Civil Veterinary Department Bihar & Orissa reports 1929-36 - 1929-1936
Year: 1929
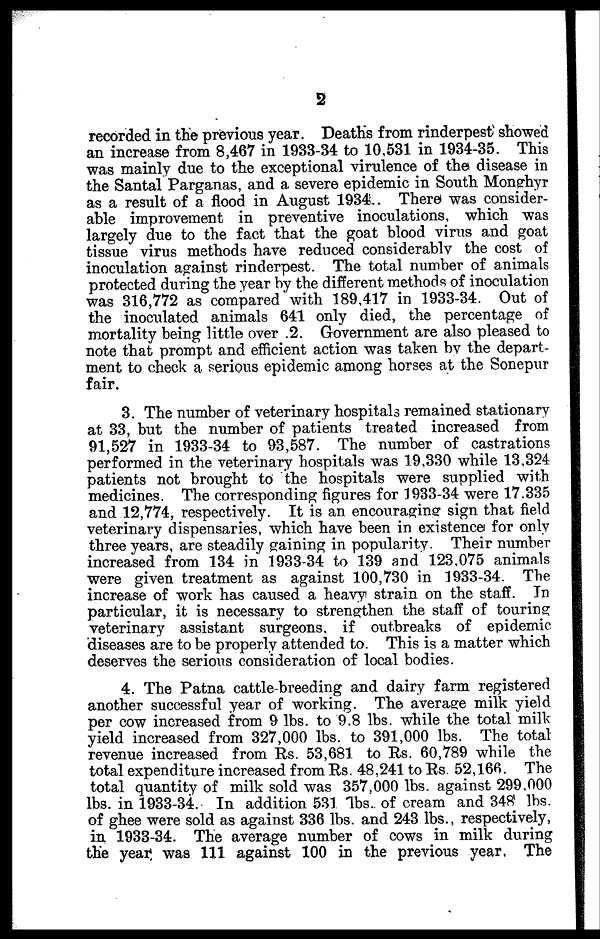
2
recorded in the previous year. Deaths from rinderpest showed
an increase from 8,467 in 1933-34 to 10,531 in 1934-35. This
was mainly due to the exceptional virulence of the disease in
the Santal Parganas, and a severe epidemic in South Monghyr
as a result of a flood in August 1934. There was consider-
able improvement in preventive inoculations, which was
largely due to the fact that the goat blood virus and goat
tissue virus methods have reduced considerably the cost of
inoculation against rinderpest. The total number of animals
protected during the year by the different methods of inoculation
was 316,772 as compared with 189,417 in 1933-34. Out of
the inoculated animals 641 only died, the percentage of
mortality being little over 2. Government are also pleased to
note that prompt and efficient action was taken by the depart-
ment to check a serious epidemic among horses at the Sonepur
fair.
3. The number of veterinary hospitals remained stationary
at 33, but the number of patients treated increased from
91,527 in 1933-34 to 93,587. The number of castrations
performed in the veterinary hospitals was 19,330 while 13,324
patients not brought to the hospitals were supplied with
medicines. The corresponding figures for 1933-34 were 17.335
and 12,774, respectively. It is an encouraging sign that field
veterinary dispensaries, which have been in existence for only
three years, are steadily gaining in popularity. Their number
increased from 134 in 1933-34 to 139 and 123,075 animals
were given treatment as against 100,730 in 1933-34. The
increase of work has caused a heavy strain on the staff. In
particular, it is necessary to strengthen the staff of touring
veterinary assistant surgeons, if outbreaks of epidemic
diseases are to be properly attended to. This is a matter which
deserves the serious consideration of local bodies.
4. The Patna cattle-breeding and dairy farm registered
another successful year of working. The average milk yield
per cow increased from 9 lbs. to 9.8 lbs. while the total milk
yield increased from 327,000 lbs. to 391,000 lbs. The total
revenue increased from Rs. 53,681 to Rs. 60,789 while the
total expenditure increased from Rs. 48,241 to Rs 52,166. The
total quantity of milk sold was 357,000 lbs. against 299.000
lbs. in 1933-34. In addition 531 lbs. of cream and 348 lbs.
of ghee were sold as against 336 lbs. and 243 lbs., respectively,
in 1933-34. The average number of cows in milk during
the year was 111 against 100 in the previous year. The